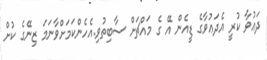
ދަޢުވާ ކުރީ އެދަޢުވާގެ ޑީއެން އޭ ގެ މައްޗަށް ސާބިތުވި.އެހެންކަމަށްވާނަމަ ޒިނޭގެ ކުށް